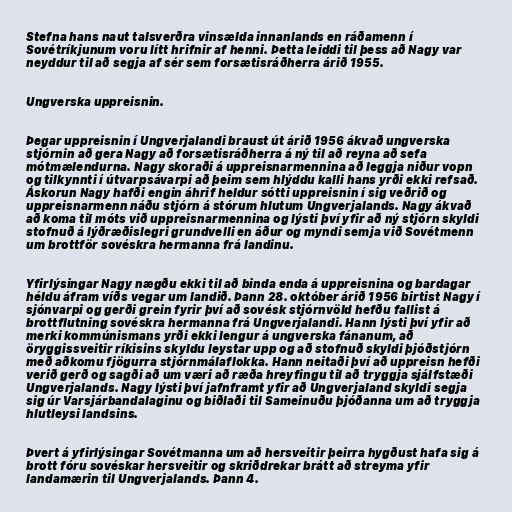
Stefna hans naut talsverðra vinsælda innanlands en ráðamenn í
Sovétríkjunum voru lítt hrifnir af henni. Þetta leiddi til þess að Nagy var
neyddur til að segja af sér sem forsætisráðherra árið 1955.

Ungverska uppreisnin.

Þegar uppreisnin í Ungverjalandi braust út árið 1956 ákvað ungverska
stjórnin að gera Nagy að forsætisráðherra á ný til að reyna að sefa
mótmælendurna. Nagy skoraði á uppreisnarmennina að leggja niður vopn
og tilkynnti í útvarpsávarpi að þeim sem hlýddu kalli hans yrði ekki refsað.
Áskorun Nagy hafði engin áhrif heldur sótti uppreisnin í sig veðrið og
uppreisnarmenn náðu stjórn á stórum hlutum Ungverjalands. Nagy ákvað
að koma til móts við uppreisnarmennina og lýsti því yfir að ný stjórn skyldi
stofnuð á lýðræðislegri grundvelli en áður og myndi semja við Sovétmenn
um brottför sovéskra hermanna frá landinu.

Yfirlýsingar Nagy nægðu ekki til að binda enda á uppreisnina og bardagar
héldu áfram víðs vegar um landið. Þann 28. október árið 1956 birtist Nagy í
sjónvarpi og gerði grein fyrir því að sovésk stjórnvöld hefðu fallist á
brottflutning sovéskra hermanna frá Ungverjalandi. Hann lýsti því yfir að
merki kommúnismans yrði ekki lengur á ungverska fánanum, að
öryggissveitir ríkisins skyldu leystar upp og að stofnuð skyldi þjóðstjórn
með aðkomu fjögurra stjórnmálaflokka. Hann neitaði því að uppreisn hefði
verið gerð og sagði að um væri að ræða hreyfingu til að tryggja sjálfstæði
Ungverjalands. Nagy lýsti því jafnframt yfir að Ungverjaland skyldi segja
sig úr Varsjárbandalaginu og biðlaði til Sameinuðu þjóðanna um að tryggja
hlutleysi landsins.

Þvert á yfirlýsingar Sovétmanna um að hersveitir þeirra hygðust hafa sig á
brott fóru sovéskar hersveitir og skriðdrekar brátt að streyma yfir
landamærin til Ungverjalands. Þann 4.